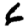
Digit: 6